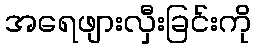
အရေဖျားလှီးခြင်းကို